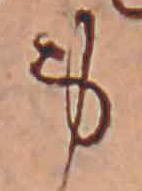
身